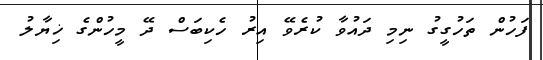
ފަހުން ތަހުގީގު ނިމި ދައުވާ ކުރެވޭ އިރު ހެކިބަސް ދޭ މީހުންގެ ޚިޔާލު